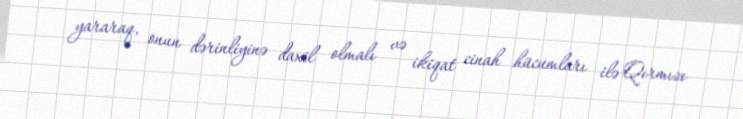
yararaq, onun dərinliyinə daxil olmalı və ikiqat cinah hücumları ilə Qırmızı